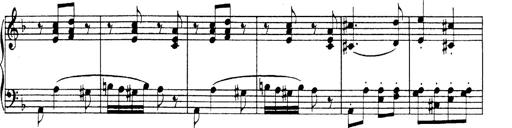
Title: Hungarian Rhapsody No.19
Composer: Franz Liszt
Key: D minor